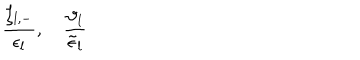
\frac { \zeta _ { l , - } } { \epsilon _ { l } } , \quad \frac { \vartheta _ { l } } { \tilde { \epsilon } _ { l } }